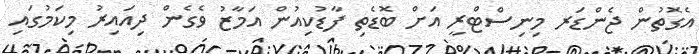
އެގޮތުން ޖެންޑަރ މިނިސްޓްރީ އަށް ބޮޑެތި ފާޑުކިއުން އަމާޒު ވެގެން ދިއައިރު މިކަމުގައި